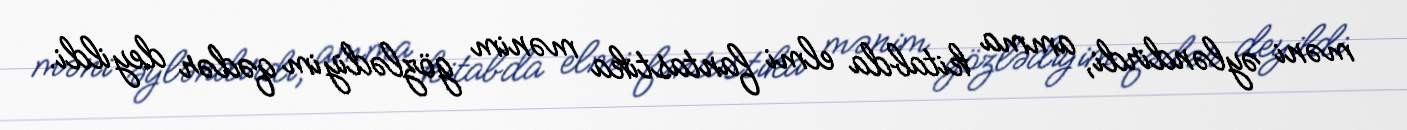
məni əyləndirdi, amma kitabda elmi fantastika mənim gözlədiyim qədər deyildi.